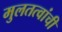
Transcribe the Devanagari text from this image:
मुलतत्वांची